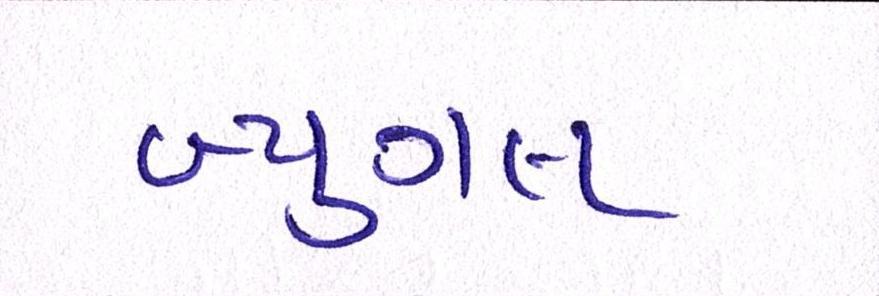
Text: બ્યુગલ